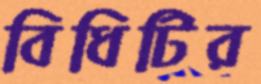
বিধিটির